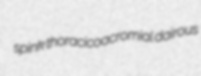
spink thoracicoacromial dairous